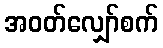
အဝတ်လျှော်စက်